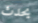
يحدث